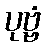
ပုဗ္ဗံ